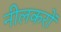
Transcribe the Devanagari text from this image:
नीलकरों